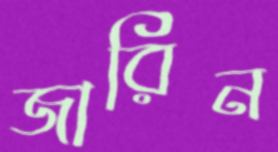
জারিন